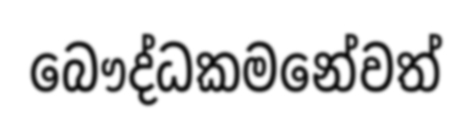
බෞද්ධකමනේවත්